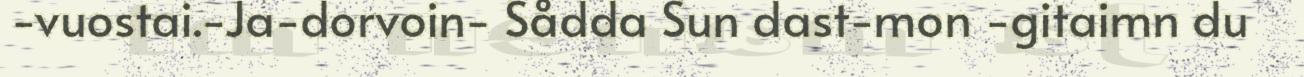
-vuostai.-Ja-dorvoin- Sådda Sun dast-mon -gitaimn du